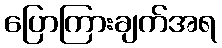
ပြောကြားချက်အရ